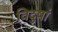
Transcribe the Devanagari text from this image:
विदुषां